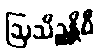
ဩသိဉ္စန္တိပိ